Vaccination in Burma 1912-1922 - 1912-1922
Year: 1912
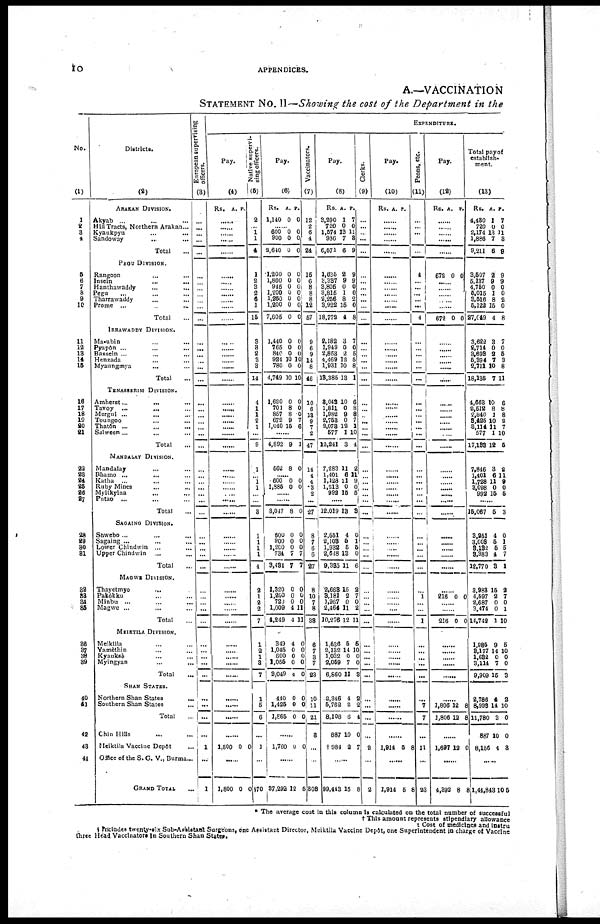
10
APPENDICES.
A.—VACCINATION
STATEMENT NO. II—Showing the cost of the Department in the
No.
(1)
1
2
3
4
5
6
7
6
9
10
11
12
13
14
15
16
17
18
19
20
21
22
23
24
25
26
27
28
29
30
31
32
33
34
35
36
37
38
39
40
41
42
43
44
Districts.
(2)
ARAKAN DIVISION.
Akyab ... ... ...
Hill Tracts, Northern Arakan...
Kyaukpyu ... ... ...
Sandoway
...
...
...
Total ...
PEGU DIVISION.
Rangoon ... ... ...
Insein
...
...
...
Hanthawaddy ... ...
Pegu ... ... ...
Tharrawaddy ... ... ...
Prome
...
...
...
Total ...
IRRAWADDY DIVISION.
Ma-ubin
...
...
...
Pyapôn ... ... ...
Bassein ... ... ...
Henzada ... ... ...
Myaungmya ... ... ...
Total ...
TENASSERIM DIVISION.
Amherst ... ... ...
Tavoy ... ... ...
Mergul ... ... ...
Toungoo
...
...
...
Thatôn ... ... ...
Salween ... ... ...
Total ...
MANDALAY DIVISION.
Mandalay ... ... ...
Bhamo ... ... ...
Katha ... ... ...
Ruby Mines
...
...
...
Myitkyina ... ... ...
Putao ... ... ...
Total ...
SAGAING DIVISION.
Shwebo
...
...
...
Sagaing ... ... ...
Lower Chindwin ... ...
Upper Chindwin ... ...
Total ...
MAGWE DIVISION.
Thayetmyo ... ...
Pakôkku ... ...
Minbu ... ...
Magwe ... ...
Total ...
MEIKTILA DIVISION.
Meiktlla ... ...
Yamèthin ... ...
Kyauksè ... ...
Myingyan ... ...
Total ...
SHAN STATES.
Northern Shan States ...
Southern Shan States ...
Total ...
Chin Hills ... ...
Meiktila Vaccine Depôt ...
Office of the S. G. V., Burma...
GRAND TOTAL ...
European supervising
officers.
(3)
...
...
...
...
...
...
...
...
...
...
...
...
...
... ...
...
...
...
...
...
...
...
...
...
...
...
...
...
... ...
...
...
...
...
... ...
...
...
...
...
...
...
...
...
...
...
...
...
...
...
...
1
...
1
EXPENDITURE
Pay.
(4)
Rs. A. P.
......
......
......
......
......
......
......
......
......
......
......
......
......
...... ......
......
......
......
......
...... ......
......
......
......
......
......
......
......
...... ......
......
......
......
......
...... ......
......
......
......
......
......
......
......
......
......
......
......
......
......
......
......
1,800 0 0
......
1,800 0 0
Native supervi-
sing officers.
(5)
2
... 1
1
4
1
2
3
2
6
1
15
3
3
2
3
3
14
4
1
1
2
1
...
9
1
... 1
1
...
...
3
1
1
... 1
4
2
1
2
2
7
1
2
1
3
7
1
5
6
...
1
...
70
Pay.
(6)
Rs.
1,140
A.
0
P.
0
...... 600
900
2,640
0
0
0
0
0
0
1,200
1,800
945
1,200
1,260
1,200
7,605
0
0
0
0
0
0
0
0
0
0
0
0
0
0
1,440
765
840
924
780
4,749
0
0
0
10
0
10
0
0
0
10
0
10
1,620
701
857
672
1,040
0
8
8
9
15
0
0
0
7
6
......
4,892 9 1
562 8 0
......
600
1,885
0
0
0
0
......
......
3,047 8 0
600
900
1,200
734
3,434
0
0
0
7
7
0
0
0
7
7
1,320
1,200
720
1,009
4,249
0
0
0
4
4
0
0
0
11
11
349
1,045
600
1,055
8,049
4
0
0
0
4
0
0
0
0
0
440
1,425
1,865
0
0
0
0
0
0
......
1,760 0 0
......
37,292 12 5
Vaccinators.
(7)
12
2
6
4
24
15
6
8
8
8
12
57
9
6
9
14
8
46
10
6
13
9
7
2
47
14
4
4
3
2
...
27
8
7
... 6
27
8
10
7
8
33
6
7
3
7
23
10
11
21
3
...
...
308
Pay.
(8)
Rs.
3,290
720
1,574
936
6,571
A.
1
0
13
7
6
P.
7
0
11
3
9
1,635
3,337
3,805
3,815
2,256
3,922
18,772
2
9
0
1
8
15
4
9
9
0
0
2
0
8
2,182
1,949
2,853
4,469
1,931
18,385
3
0
2
12
10
13
7
0
5
5
8
1
3,043
1,811
1,982
2,753
2,073
577
12,241
10
0 9
0
12
1
3
6
8
8
7
1
10
4
7,283
1,401
1,128
1,213
992
11
6
11
0
15
2
11
9 0
5
......
12,019 13 3
2,651
2,103
1,932
2,648
9,335
4
5
5
13
11
0
1
5
0
6
2,663
3,181
1,967
2,464
10,276
15
2
0
11
12
2
7
0
2
11
1,636
2,132
1,032
2,059
6,860
5
14
0
7
11
5
10
0
0
3
2,346
5,762
8,108
887
†984
4
2
6
10
2
2
2
4
0
7
......
99,443 15 8
Clerks.
(9)
...
...
...
...
...
...
...
...
...
...
...
...
...
... ...
...
...
...
...
...
...
...
...
...
...
...
...
...
... ...
...
...
...
...
... ...
...
...
...
...
...
...
...
...
...
...
...
...
...
...
...
2
...
2
Pay.
(10)
Rs. A. P.
......
......
......
......
......
......
......
......
......
......
......
......
......
...... ......
......
......
......
......
......
......
......
......
......
......
......
......
......
...... ......
......
......
......
......
...... ......
......
......
......
...... ......
......
......
......
......
......
......
......
......
......
......
1,914 5 8
......
1,914 5
8
Peons, etc.
(11)
...
...
...
...
...
4
...
...
...
...
...
4
...
... ...
...
...
...
...
...
...
...
...
...
...
...
...
...
... ...
...
...
...
...
... ...
...
...
1
...
...
1
...
...
...
...
...
...
7
7
...
11
...
23
Pay.
(12)
Rs. A. P.
......
......
......
......
......
672 0 0
......
......
......
......
......
672 0 0
......
...... ......
......
......
......
......
......
......
......
......
......
......
......
......
......
...... ......
......
......
......
......
...... ......
......
......
216 0 0
......
......
216 0 0
......
......
......
......
......
......
1,806
1,806
12
12
8
8
......
1,697 12 0
......
4,392 8 8
Total payof
establish-
ment.
(13)
Rs.
4,430
720
2,174
1,886
9,211
A.
1
0
13
7
6
P.
7
0
11
3
9
3,507
5,137
4,750
5,015
3,516
5,122
27,049
2
9
0
1
8
15
4
9
9
0
0
2
0
8
3,622
2,714
3,698
5,394
2,711
18,135
3
0
2 7
10
7
7
0
5
3
8
11
4,663
2,512
2,840
8,425
3,114
577
17,133
10
8
1
10
11
1
12
6
8
8
2
7
10
5
7,846
1,401
1,728
3,098
992
3
6
11
0
15
2
11 9
0
5
......
15,067 5 3
3,251
3,003
3,132
3,383
12,770
4
5
5
4
3
0
1
5
7
1
3,983
4,597
2,687
3,474
14,742
15
2
0
0
1
2
7
0
1
10
1,985
9,177
1,632
3,114
9,909
9
14
0
7
15
5
10
0
0
3
2,786
8,993
11,780
887
8,156
4
14
3
10
4
2
10
0
0
3
......
1,44,843 10
5
* The average cost in this column is calculated on the total number of successful
† This amount represents stipendiary allowance
† Cost of medicines and instru
§ Includes twenty-six Sub-Assistant Surgeons, one Assistant Director, Meiktila Vaccine Depôt, one Superintendent in charge of Vaccine
three Head Vaccinators In Southern Shan States.